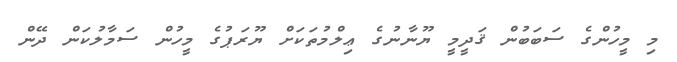
މި މީހުންގެ ސަބަބުން ޤަދީމީ ޔޫނާނުގެ ޢިލްމުތަކަށް ޔޫރަޕުގެ މީހުން ސަމާލުކަން ދޭން